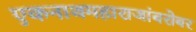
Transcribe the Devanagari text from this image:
एकनाथमहाराजांबरोबर